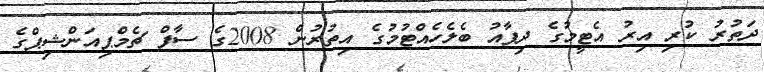
ދަތުރު ކުރި އިރު އެޓީމުގެ ދިފާއު ބެލެހެއްޓުމުގެ އިތުރުން 2008ގެ ސާފް ޗެމްޕިއަންޝިޕްގެ